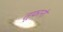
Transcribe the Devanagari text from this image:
तूफ़ानो